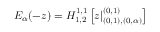
E _ { \alpha } ( - z ) = H _ { 1 , 2 } ^ { 1 , 1 } \left[ z | _ { ( 0 , 1 ) , ( 0 , \alpha ) } ^ { ( 0 , 1 ) } \right]